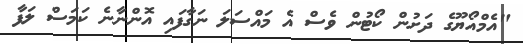
"އެމްއޯޔޫގެ ދަށުން ކޯޓުން ވެސް އެ މައްސަލަ ނަގާފައި އޮންނާނެ ކަމަސް ލަފާ